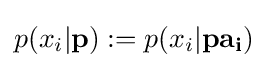
p(x_{i}|\mathbf {p} ):=p(x_{i}|\mathbf {pa_{i}} )